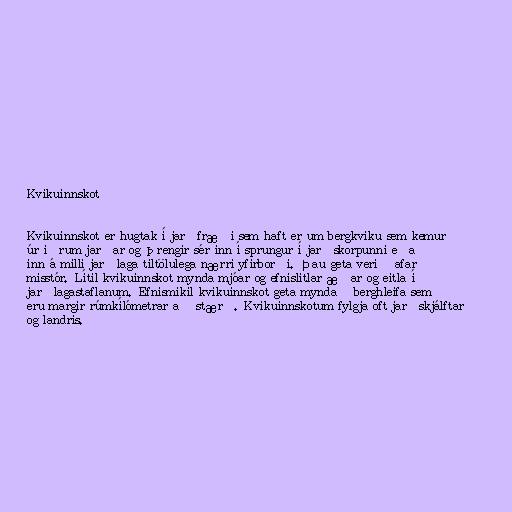
Kvikuinnskot

Kvikuinnskot er hugtak í jarðfræði sem haft er um bergkviku sem kemur
úr iðrum jarðar og þrengir sér inn í sprungur í jarðskorpunni eða
inn á milli jarðlaga tiltölulega nærri yfirborði. Þau geta verið afar
misstór. Lítil kvikuinnskot mynda mjóar og efnislitlar æðar og eitla í
jarðlagastaflanum. Efnismikil kvikuinnskot geta myndað berghleifa sem
eru margir rúmkílómetrar að stærð. Kvikuinnskotum fylgja oft jarðskjálftar
og landris.